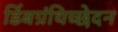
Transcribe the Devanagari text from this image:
डिंबग्रंथिच्छेदन